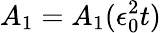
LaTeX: A_{1}=A_{1}(\epsilon_{0}^{2}t)